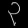
Digit: ၃